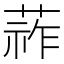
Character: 𦵬